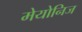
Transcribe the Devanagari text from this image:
मेयोनिज